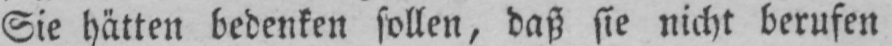
Sie hätten bedenken sollen, daß sie nicht berufen